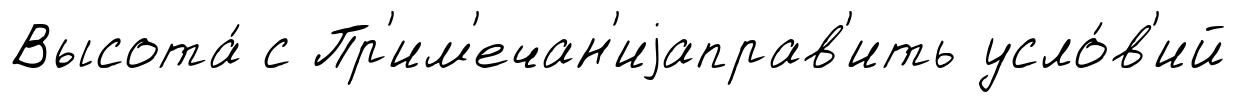
Высота́ с Пр'им'ечан'иjаправ'ить усло́в'ий